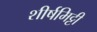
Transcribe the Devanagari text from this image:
शीर्षमिट्टी